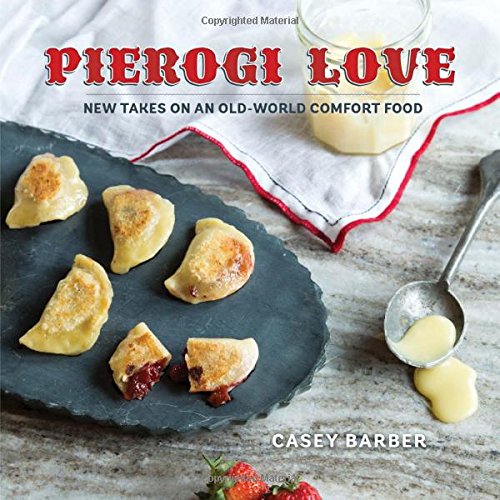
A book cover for Pierogi Love: New Takes on an Old-World Comfort Food; Casey Barber; Cookbooks, Food & Wine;